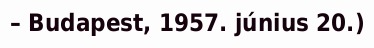
– Budapest, 1957. június 20.)